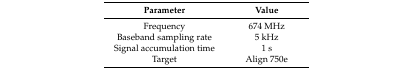
<table><thead><tr><td><b>Parameter</b></td><td><b>Value</b></td></tr></thead><tbody><tr><td>Frequency</td><td>674 MHz</td></tr><tr><td>Baseband sampling rate</td><td>5 kHz</td></tr><tr><td>Signal accumulation time</td><td>1 s</td></tr><tr><td>Target</td><td>Align 750e</td></tr></tbody></table>